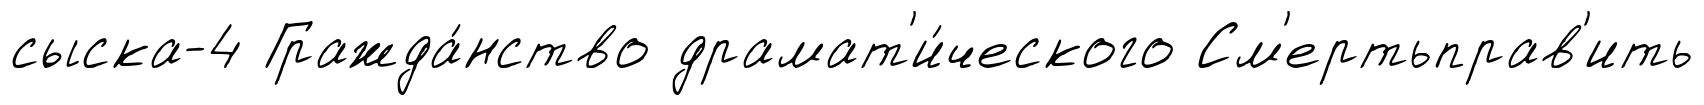
сыска-4 Гражда́нство драмат'и́ческого См'ертьправ'ить